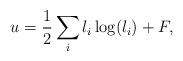
LaTeX: \begin{align*}u = \frac{1}{2}\sum_{i}l_{i}\log(l_{i})+F,\end{align*}